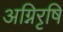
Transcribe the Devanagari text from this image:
अग्निरृषि